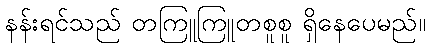
နန်းရင်သည် တကြူကြူတစူစူ ရှိနေပေမည်။